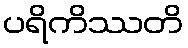
ပရိကိဿတိ